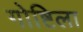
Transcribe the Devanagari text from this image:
गोष्टिला